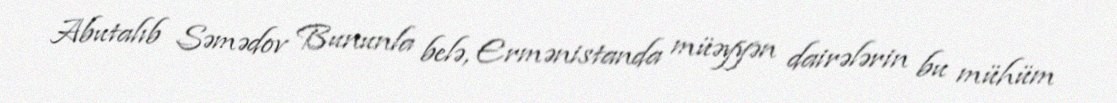
Abutalıb Səmədov Bununla belə, Ermənistanda müəyyən dairələrin bu mühüm